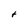
Character: t